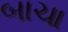
બાચા